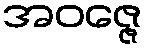
အဝဇ္ဇေ